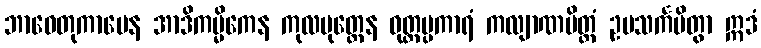
ဘာဝေတုကာမေန အာဒိကမ္မိကေန ကုလပုတ္တေန ဝုတ္တပ္ပကာရံ ကလျာဏမိတ္တံ ဥပသင်္ကမိတွာ ဣဒံ